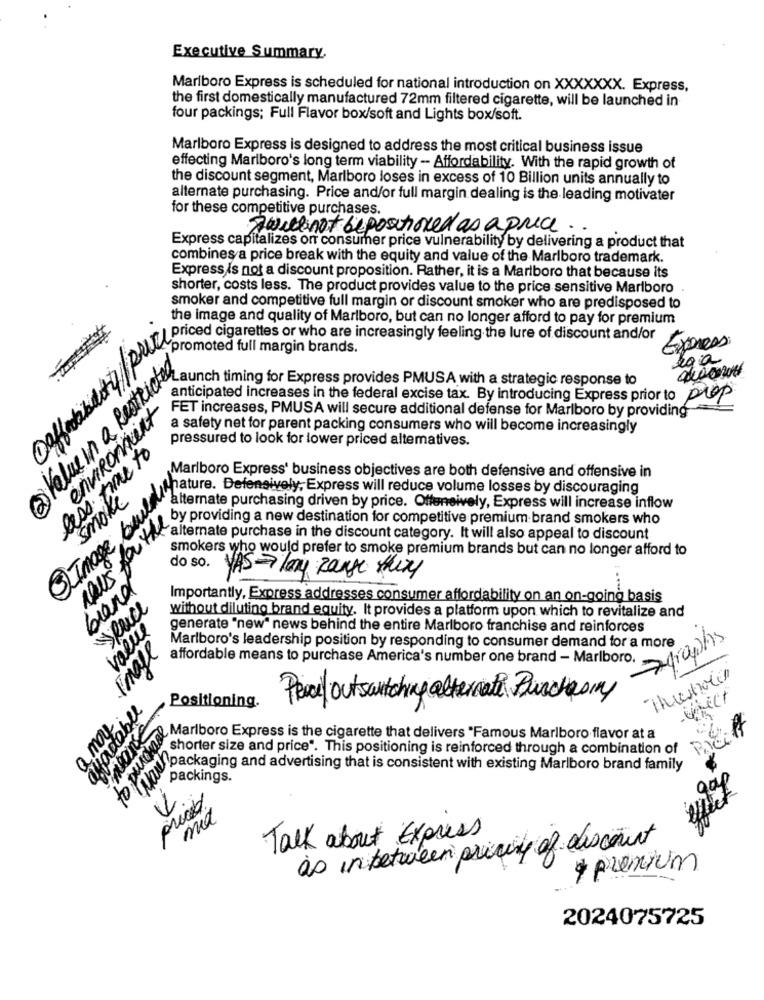
Executive Summary.
Marlboro Express is scheduled for national introduction on XXXXXXX. Express,
the first domestically manufactured 72mm filtered cigarette, will be launched in
four packings; Full Flavor box/soft and Lights box/soft.
Marlboro Express is designed to address the most critical business issue
effecting Marlboro's long term viability - Affordability. With the rapid growth of
the discount segment, Marlboro loses in excess of 10 Billion units annually to
alternate purchasing. Price and/or full margin dealing is the leading motivater
for these competitive purchases.
Twillnot bepositioned as a price.
Express capitalizes orr consumer price vulnerability by delivering a product that
combines a price break with the equity and value of the Marlboro trademark.
Express is not a discount proposition. Rather, it is a Marlboro that because its
shorter, costs less. The product provides value to the price sensitive Marlboro
smoker and competitive full margin or discount smoker who are predisposed to
the image and quality of Marlboro, but can no longer afford to pay for premium
promoted full margin brands.
Express
ega
Value in a Restricted
anticipated increases in the federal excise tax. By introducing Express prior to prop
ichein a fint FE cipated ing for Exprese a strategic express
environment
FET increases, PMUSA will secure additional defense for Marlboro by providing
a safety net for parent packing consumers who will become increasingly
pressured to look for lower priced altematives.
less time to
Marlboro Express' business objectives are both defensive and offensive in
smoke
billy by inate purity Exprese lecuesta losses by discocrease in
alternate purchasing driven by price. Offensively, Express will increase inflow
@Image, bu
five toutesminate und new destination likethe brand smokers
alternate purchase in the discount category. It will also appeal to discount
smokers who would prefer to smoke premium brands but can no longer afford to
do so.
YAS long Range theny
brand
Importantly, Express addresses consumer affordability on an on-going basis
yeace
without diluting brand equity. It provides a platform upon which to revitalize and
value
generate "new" news behind the entire Marlboro franchise and reinforces
Agraphs
Image
Marlboro's leadership position by responding to consumer demand for a more
affordable means to purchase America's number one brand - Marlboro.
Positioning.
Pencil outswitching alternati Purchasing
RIEil
Marlboro Express is the cigarette that delivers "Famous Marlboro flavor at a
shorter size and price". This positioning is reinforced through a combination of
Orlesshissong and advertising that is consistent with existing Marlboro brand family
to pro
gap
effect
mia
Talk about Express
as inbetween pricing of discount
* premium
2024075725